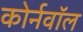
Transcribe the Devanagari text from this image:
कोर्नवॉल